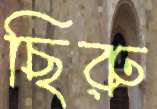
ছিরু